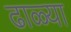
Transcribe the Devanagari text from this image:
ढाळ्या